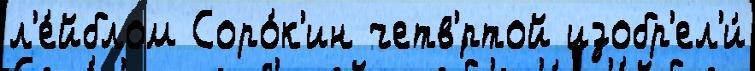
л'е́йблом Соро́к'ин четв'́ртой изобр'ел'и́